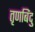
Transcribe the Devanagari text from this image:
तृणबिंदु